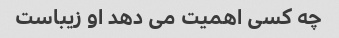
چه کسی اهمیت می دهد او زیباست